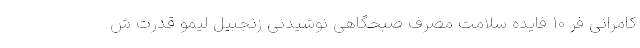
کامرانی فر 10 فایده سلامت مصرف صبحگاهی نوشیدنی زنجبیل لیمو قدرت ش